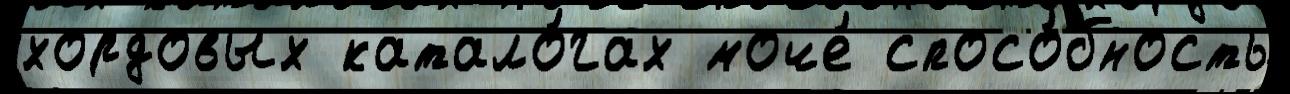
хордовых катало́гах моче́ спосо́бность